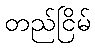
တည်ငြိမ်